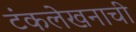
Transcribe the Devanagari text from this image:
टंकलेखनाची